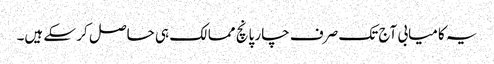
یہ کامیابی آج تک صرف چار پانچ ممالک ہی حاصل کر سکے ہیں۔